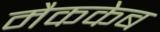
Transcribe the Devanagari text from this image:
मैककेब